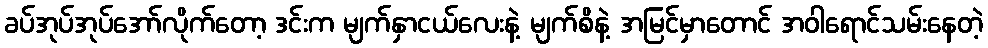
ခပ်အုပ်အုပ်အော်လိုက်တော့ ဒင်းက မျက်နှာငယ်လေးနဲ့ မျက်စိနဲ့ အမြင်မှာတောင် အဝါရောင်သမ်းနေတဲ့